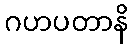
ဂဟပတာနိ